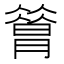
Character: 𦠡